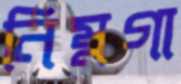
নিম্নগা